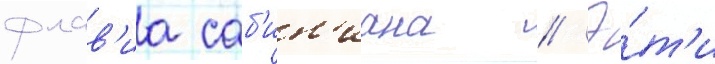
флав'иа саб'ин'иана // Э́т'и